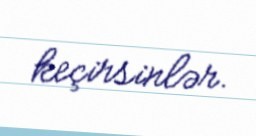
keçirsinlər.